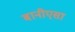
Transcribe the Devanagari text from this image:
बानीएसा